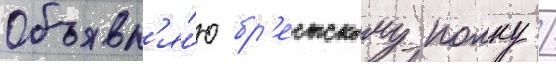
Объявл'я́ю бр'естскому полку /